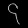
Digit: ၄